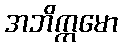
အဘိက္ကမော